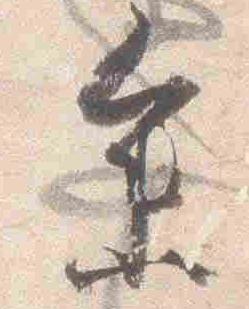
参